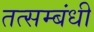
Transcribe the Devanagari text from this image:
तत्सम्बंधी